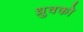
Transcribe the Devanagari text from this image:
ध्रुवको